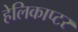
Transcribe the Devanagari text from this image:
हेलिकाप्‍टर